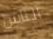
الناس